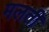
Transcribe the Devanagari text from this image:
मलती